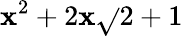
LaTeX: \mathbf{x}^{2}+2\mathbf{x}\sqrt{}{{2}}+1